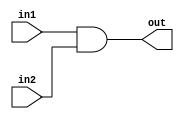
`timescale 1ns / 1ps
//////////////////////////////////////////////////////////////////////////////////
// Company: 
// Engineer: 
// 
// Design Name: 
// Module Name: BranchAnd
// Project Name: 
// Target Devices: 
// Tool Versions: 
// Description: 
// 
// Dependencies: 
// 
// Revision:
// Revision 0.01 - File Created
// Additional Comments:
// 
//////////////////////////////////////////////////////////////////////////////////


module And(in1, in2, out);
    input  in1, in2;
    output reg out;
    
    always @ (*)begin
        out <= in1 & in2;
    end
    
endmodule